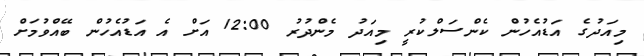
މިއަދުގެ އަޑުއެހުން ކެންސަލްކުރީ މިއަދު މެންދުރު 12:00 އަށް އެ އަޑުއެހުން ބޭއްވުމަށް